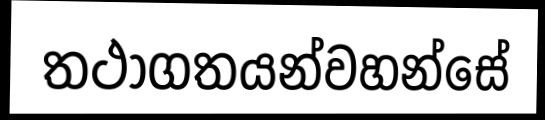
තථාගතයන්වහන්සේ